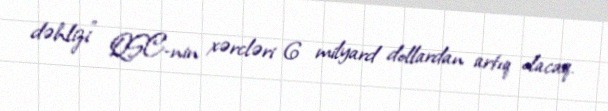
dəhlizi" QSC-nin xərcləri 6 milyard dollardan artıq olacaq.